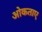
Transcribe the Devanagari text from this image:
ओकताए